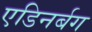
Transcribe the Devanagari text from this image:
एडिनर्बग